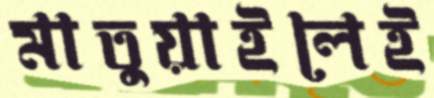
মাতুয়াইলেই